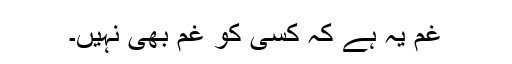
غم یہ ہے کہ کسی کو غم بھی نہیں۔